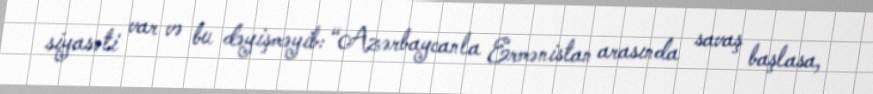
siyasəti var və bu dəyişməyib: “Azərbaycanla Ermənistan arasında savaş başlasa,